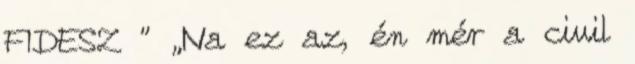
FIDESZ ” „Na ez az, én mér a civil